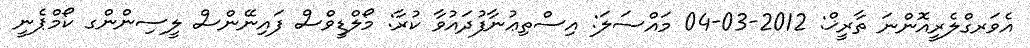
އެވަރގްލެރީއޮންނަ ތާރީޚް: 2012-03-04 މައްސަލަ: އިސްތިޢުނާފުދައުވާ ކުރާ: މޯލްޑީވްސް ފައިނޭންސް ލީސިންންގ ކޯމްޕެނީ